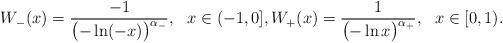
LaTeX: \begin{align*}W_-(x) = \frac{-1}{\bigl(-\ln(-x)\bigr)^{\alpha_-}}, \ \ x \in (-1,0], W_+(x) = \frac{1}{\bigl(-\ln x\bigr)^{\alpha_+}}, \ \ x \in [0,1).\end{align*}